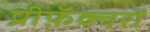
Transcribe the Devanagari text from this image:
प्रीफ़ॅक्चरों